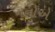
નનોએ